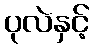
ပုလဲနှင့်